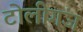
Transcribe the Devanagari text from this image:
टोलीगंज